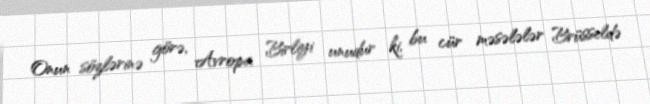
Onun sözlərinə görə, Avropa Birliyi unudur ki, bu cür məsələlər Brüsseldə